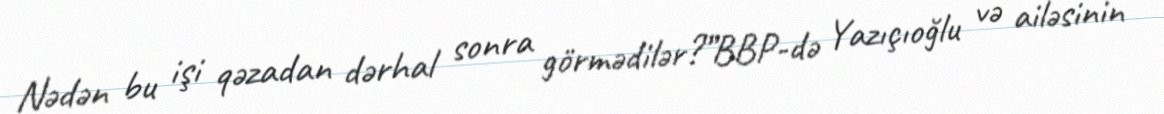
Nədən bu işi qəzadan dərhal sonra görmədilər?”BBP-də Yazıçıoğlu və ailəsinin